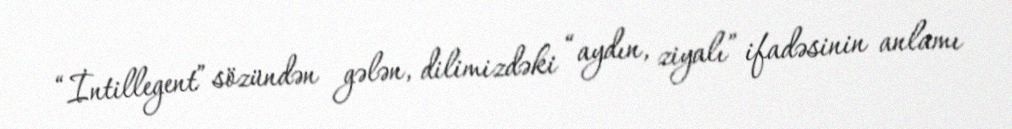
“İntillegent” sözündən gələn, dilimizdəki “aydın, ziyalı” ifadəsinin anlamı